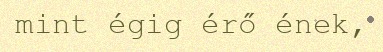
mint égig érő ének,